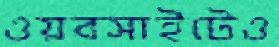
ওয়বসাইটেও